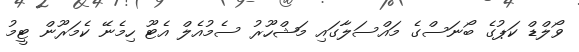
ވޯލްޑް ކަޕުގެ ބޯނަސްގެ މައްސަލާގައި މަޝްހޫރު ސެމުއެލް އެޓޫ ހިމެނޭ ކެމަރޫން ޓީމު